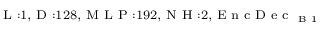
_ { \textrm { L } : 1 , \textrm { D } : 1 2 8 , \textrm { M L P } : 1 9 2 , \textrm { N H } : 2 , \textrm { E n c D e c } _ { \textrm { B } 1 } }